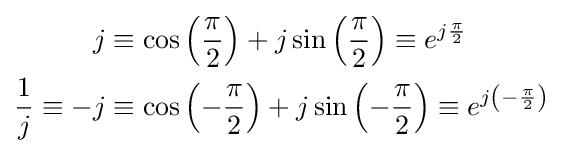
{\begin{aligned}j&\equiv \cos {\left({\frac {\pi }{2}}\right)}+j\sin {\left({\frac {\pi }{2}}\right)}\equiv e^{j{\frac {\pi }{2}}}\\{\frac {1}{j}}\equiv -j&\equiv \cos {\left(-{\frac {\pi }{2}}\right)}+j\sin {\left(-{\frac {\pi }{2}}\right)}\equiv e^{j\left(-{\frac {\pi }{2}}\right)}\end{aligned}}